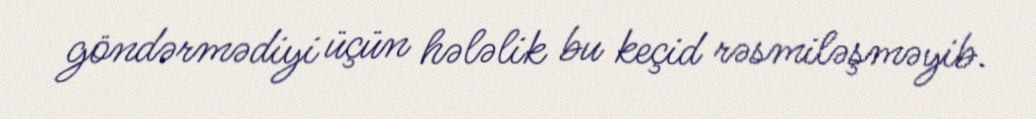
göndərmədiyi üçün hələlik bu keçid rəsmiləşməyib.